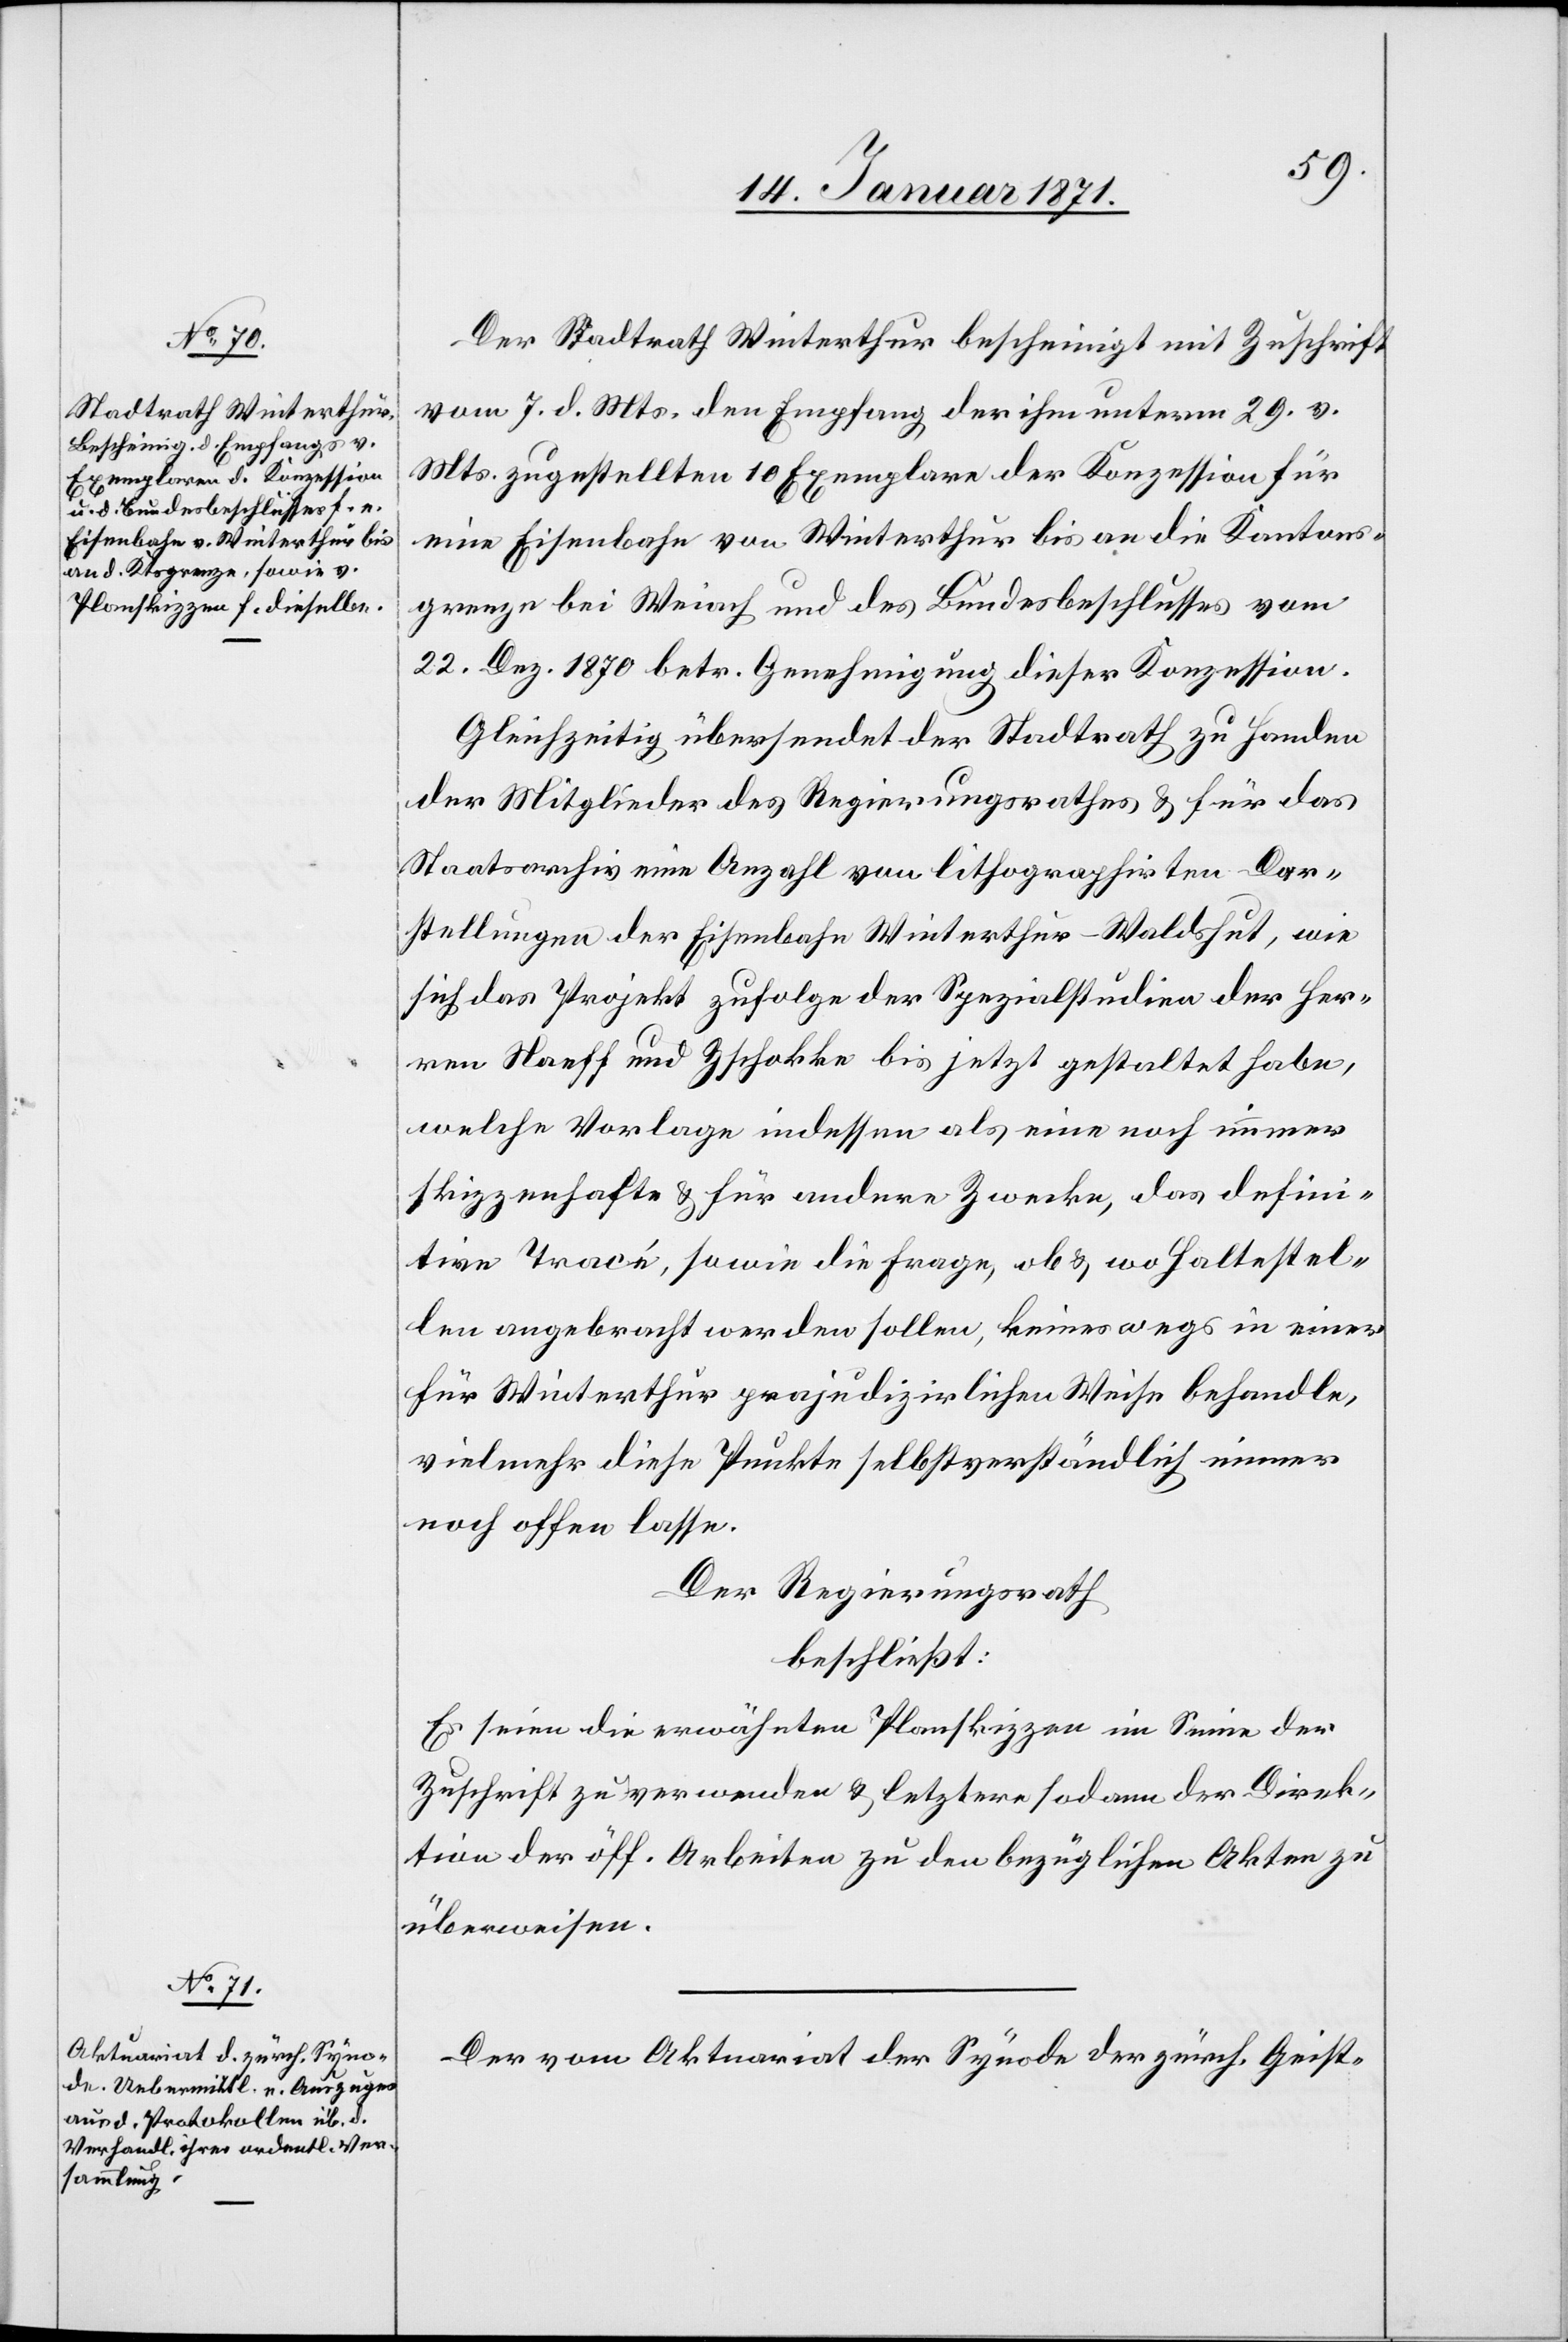
Der Stadtrath Winterthur bescheinigt mit Zuschrift
vom 7. d. Mts. den Empfang der ihm unterm 29. v.
Mts. zugestellten 10 Exemplare der Konzession für
eine Eisenbahn von Winterthur bis an die Kantons¬
grenze bei Weiach und des Bundesbeschlusses vom
22. Dez. 1870 betr. Genehmigung dieser Konzession.
Gleichzeitig übersendet der Stadtrath zu Handen
der Mitglieder des Regierungsrathes u. für das
Staatsarchiv eine Anzahl von lithographirten Dar¬
stellungen der Eisenbahn Winterthur – Waldshut, wie
sich das Projekt zufolge der Spezialstudien der Her¬
ren Naeff und Zschokke bis jetzt gestaltet habe,
welche Vorlage indessen als eine noch immer
skizzenhafte u. für andere Zwecke, das defini¬
tive Tracé, sowie die Frage, ob u. wo Haltestel¬
len angebracht werden sollen, keineswegs in einer
für Winterthur prajudizirlichen Weise behandeln,
vielmehr diese Punkte selbstverständlich immer
noch offen lasse.
Der Regierungsrath
beschließt:
Es seien die erwähnten Planskizzen im Sinne der
Zuschrift zu verwenden u. letztere sodann der Direk¬
tion der öff. Arbeiten zu den bezüglichen Akten zu
überweisen.
Der vom Aktuariat der Synode der zürch. Geist-